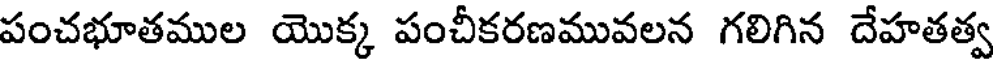
పంచభూతముల యొక్క పంచీకరణమువలన గలిగిన దేహతత్వ